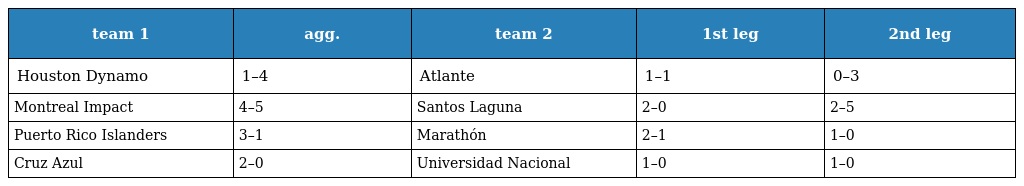
| team 1 | agg. | team 2 | 1st leg | 2nd leg |
 | --- | --- | --- | --- | --- |
 | Houston Dynamo | 1–4 | Atlante | 1–1 | 0–3 |
 | Montreal Impact | 4–5 | Santos Laguna | 2–0 | 2–5 |
 | Puerto Rico Islanders | 3–1 | Marathón | 2–1 | 1–0 |
 | Cruz Azul | 2–0 | Universidad Nacional | 1–0 | 1–0 |